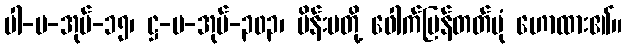
ပါ-ပ-အုပ်-၁၅၊ ဋ္ဌ-ပ-အုပ်-၃၀၃၊ မိန်းမတို့ ဖေါက်ပြန်တတ်ပုံ ဟောထား၏။